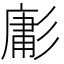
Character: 㣑